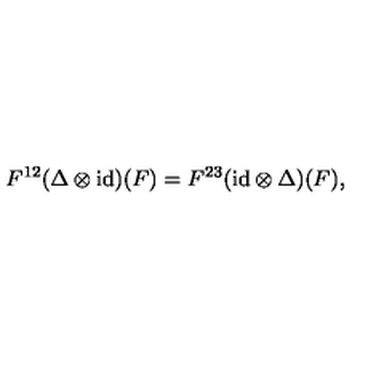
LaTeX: F ^ { 1 2 } ( \Delta \otimes \mathrm { i d } ) ( F ) = F ^ { 2 3 } ( \mathrm { i d } \otimes \Delta ) ( F ) ,